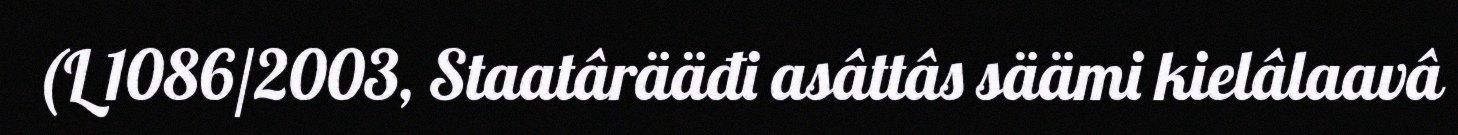
(L 1086/2003, Staatârääđi asâttâs säämi kielâlaavâ